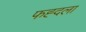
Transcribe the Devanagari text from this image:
फह्दला